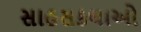
સાહસકથાઓ